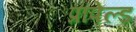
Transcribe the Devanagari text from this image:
प्रापेल्ड